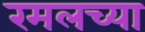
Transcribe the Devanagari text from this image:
रमलच्या